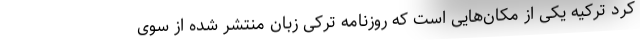
کرد ترکیه یکی از مکان‌هایی است که روزنامه ترکی زبان منتشر شده از سوی